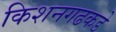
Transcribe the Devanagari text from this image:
किशनगढकडे